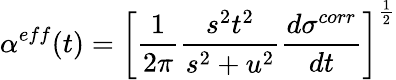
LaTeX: \alpha^{eff}(t)=\left[\frac{1}{2\pi}\frac{s^{2}t^{2}}{s^{2}+u^{2}}\frac{d\sigma^{corr}}{dt}\right]^{\frac{1}{2}}